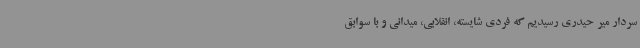
سردار میر حیدری رسیدیم که فردی شایسته، انقلابی، میدانی و با سوابق